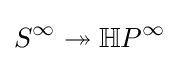
S^{\infty }\twoheadrightarrow \mathbb {H} P^{\infty }